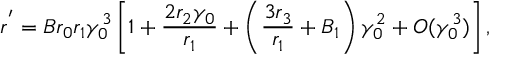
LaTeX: r ^ { ' } = B r _ { 0 } r _ { 1 } \gamma _ { 0 } ^ { 3 } \left[ 1 + \frac { 2 r _ { 2 } \gamma _ { 0 } } { r _ { 1 } } + \left( \frac { 3 r _ { 3 } } { r _ { 1 } } + B _ { 1 } \right) \gamma _ { 0 } ^ { 2 } + O ( \gamma _ { 0 } ^ { 3 } ) \right] ,